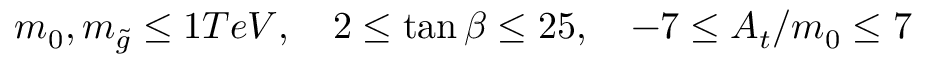
m _ { 0 } , m _ { \tilde { g } } \le 1 T e V , \quad 2 \le \tan \beta \le 2 5 , \quad - 7 \le A _ { t } / m _ { 0 } \le 7